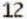
12